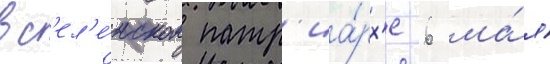
вс'ел'е́нском патр'иа́рх'е 6 ма́я